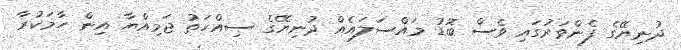
ދުނިޔޭގެ ފެންވަރުގައި ވެސް ބޮޑު މައްސަލައެއް ދުނިޔޭގެ ސިއްހަތު ޖަމިއްޔާ އިން ހާމަކުރާ